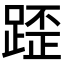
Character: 𨂿